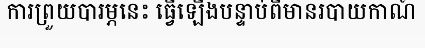
ការព្រួយបារម្ភនេះ ធ្វើឡើងបន្ទាប់ពីមានរបាយកាណ៍